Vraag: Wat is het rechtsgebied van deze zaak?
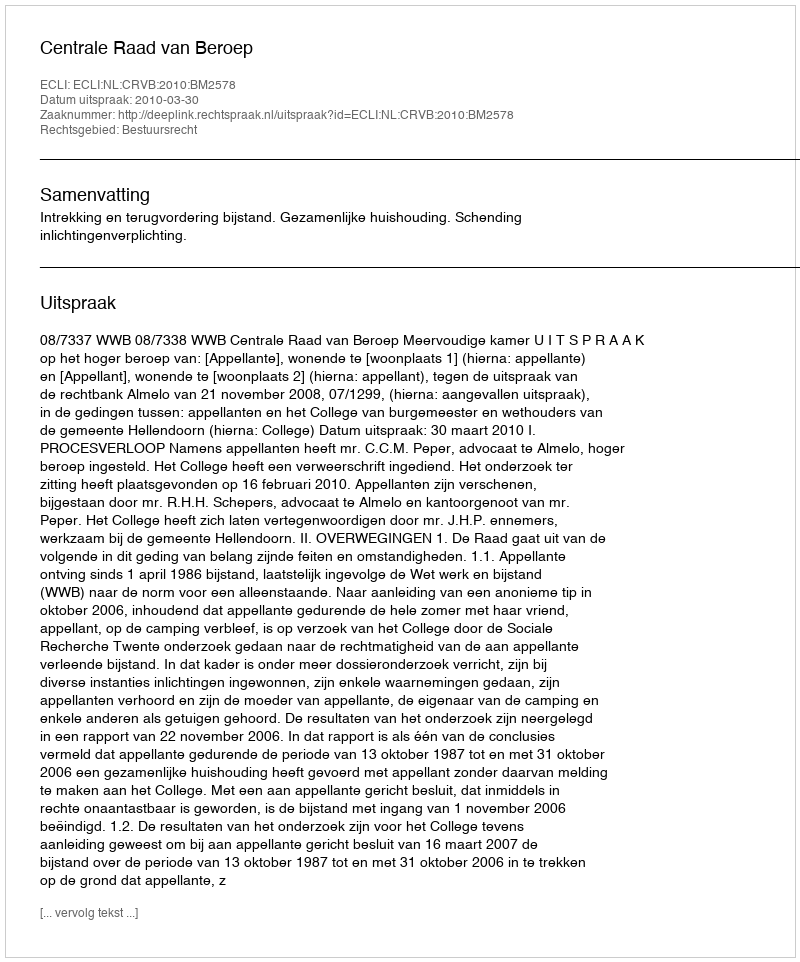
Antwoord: Bestuursrecht